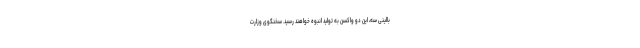
بالینی سه، این دو واکسن به تولید انبوه خواهند رسید. سخنگوی وزارت